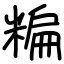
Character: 糄